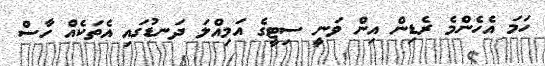
ހަމަ އެހެންމެ ރެޑިން އިން ވަނީ ސިޓީގެ އަމިއްލަ ދަނޑުގައި އެތަކެއް ހާސް